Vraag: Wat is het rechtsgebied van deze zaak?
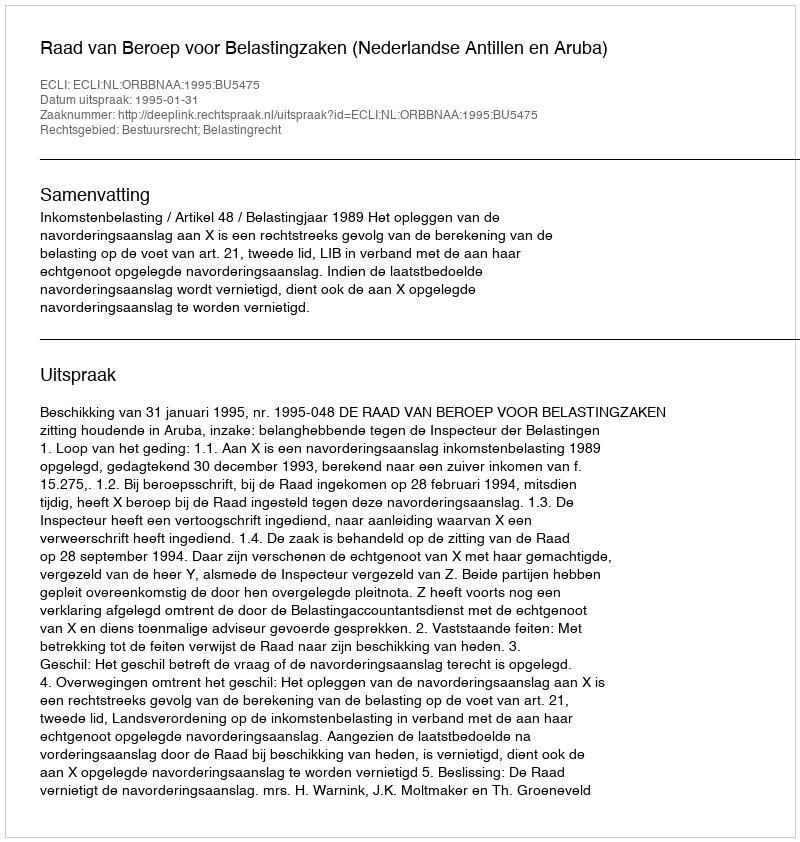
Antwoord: Bestuursrecht; Belastingrecht